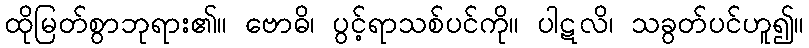
ထိုမြတ်စွာဘုရား၏။ ဗောဓိ၊ ပွင့်ရာသစ်ပင်ကို။ ပါဋလိ၊ သခွတ်ပင်ဟူ၍။